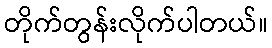
တိုက်တွန်းလိုက်ပါတယ်။